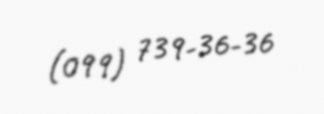
(099) 739-36-36